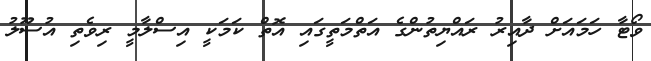
ވޯޓާ ހަމައަށް ދާއިރު ރައްޔިތުންގެ އަތްމަތީގައި އޮތް ކަމަކީ އިސްލާމީ ރިވެތި އުސޫލު